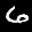
Label: 6